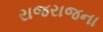
રાજરાજના